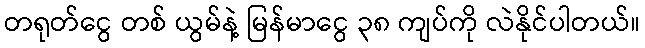
တရုတ်ငွေ တစ် ယွမ်နဲ့ မြန်မာငွေ ၃၈ ကျပ်ကို လဲနိုင်ပါတယ်။